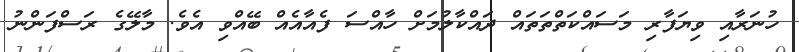
ހުނަރާއި ވިޔަފާރި މަސައްކަތްތަތައް ދައްކާލުމަށް ހާއްސަ ފެއާއެއް ބޭއްވި އެވެ. މާލޭގެ ރަސްފަންނު